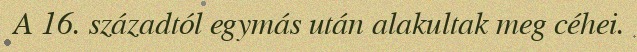
A 16. századtól egymás után alakultak meg céhei.